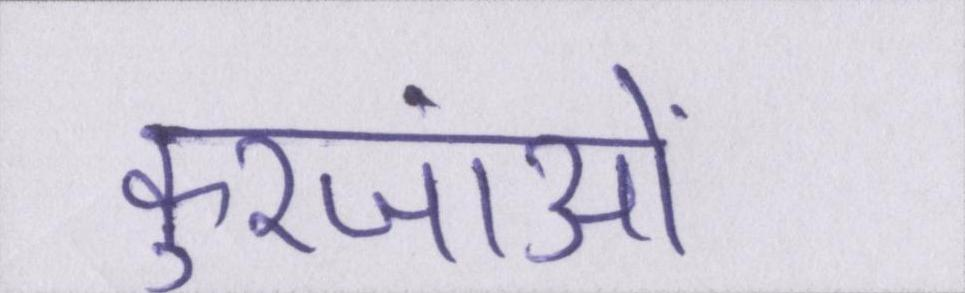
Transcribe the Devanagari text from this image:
कुरजांओं